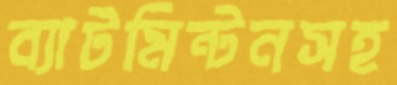
ব্যাটমিন্টনসহ